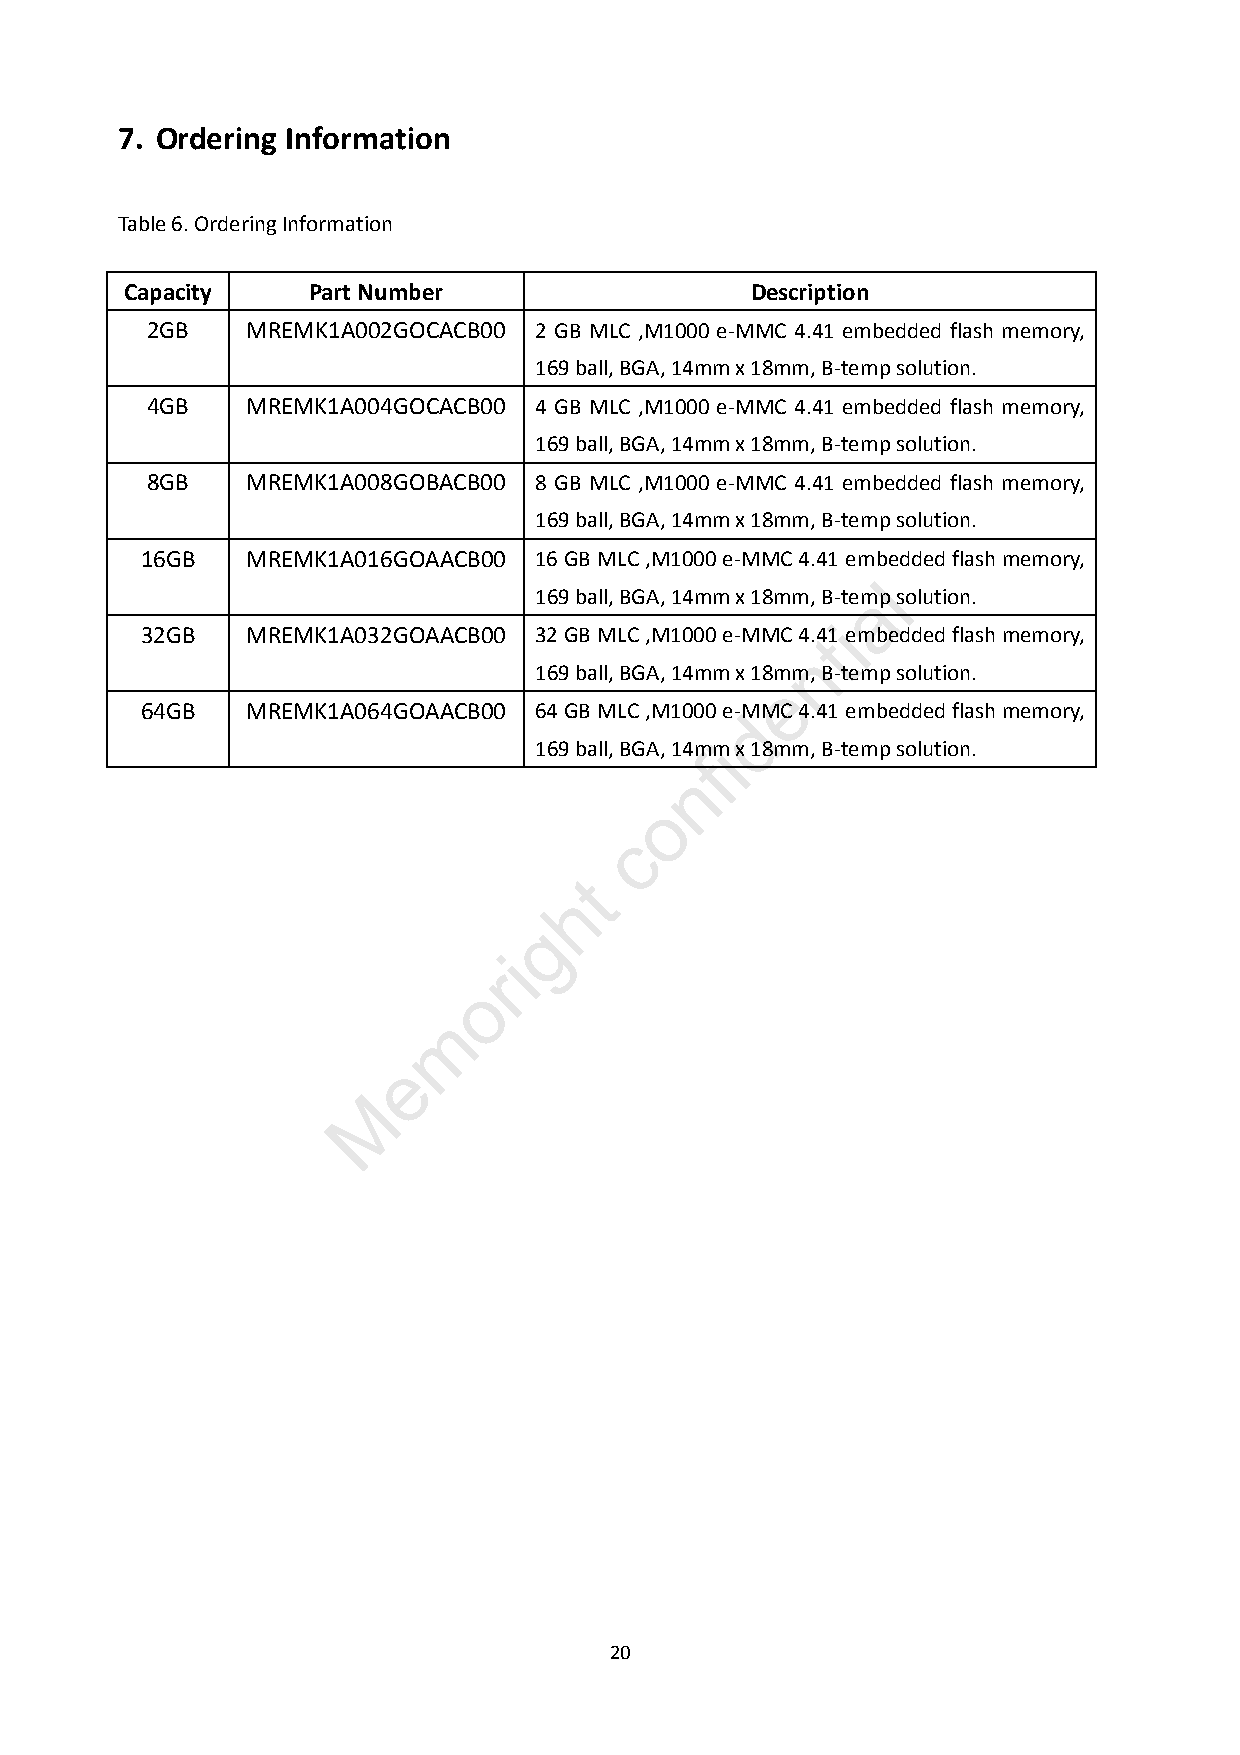
7. Ordering Information
 Table 6. Ordering Information
 Capacity    Part Number                   Description
 2GB   MREMK1A002GOCACB00 2 GB MLC ,M1000 e-MMC 4.41 embedded flash memory,
 169 ball, BGA, 14mm x 18mm, B-temp solution.
 4GB   MREMK1A004GOCACB00 4 GB MLC ,M1000 e-MMC 4.41 embedded flash memory,
 169 ball, BGA, 14mm x 18mm, B-temp solution.
 8GB   MREMK1A008GOBACB00 8 GB MLC ,M1000 e-MMC 4.41 embedded flash memory,
 169 ball, BGA, 14mm x 18mm, B-temp solution.
 16GB   MREMK1A016GOAACB00 16 GB MLC ,M1000 e-MMC 4.41 embedded flash memory,
 l
 169 ball, BGA, 14mm x 18mm, B-temap solution.
 32GB   MREMK1A032GOAACB00 32 GB MLC ,M1000 e-MMC 4.4t1i embedded flash memory,
 n
 169 ball, BGA, 14mm x 18mm, B-temp solution.
 e
 64GB   MREMK1A064GOAACB00 64 GB MLC ,M1000 e-MMC 4.41 embedded flash memory,
 d
 169 ball, BGA, 14mim x 18mm, B-temp solution.
 f
 n
 o
 c
 t
 h
 g
 i
 r
 o
 m
 e
 M
 20